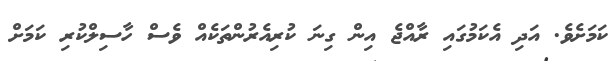
ކަމަށެވެ. އަދި އެކަމުގައި ރާއްޖެ އިން ގިނަ ކުރިއެރުންތަކެއް ވެސް ހާސިލްކުރި ކަމަށް